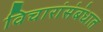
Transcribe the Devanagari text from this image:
विचारांसंबंधात